Annual administration report of the Civil Veterinary Department of India - 1899-1900
Year: 1899
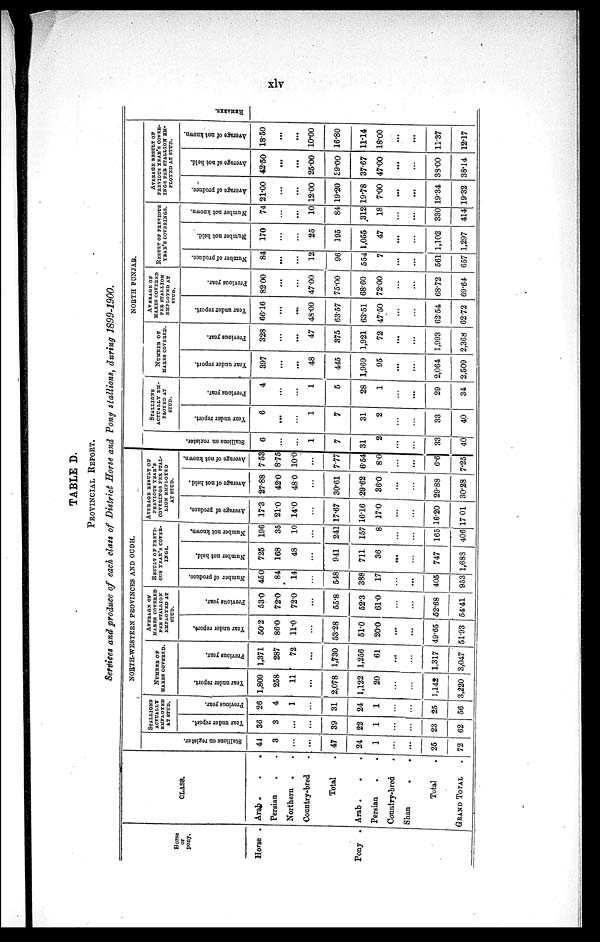
xlv
TABLE D.
PROVINCIAL REPORT.
Services and produce of each class of District Horse and Pony stallions, during 1899-1900.
Horse
or
pony.
Horse .
Pony .
CLASS.
Arab . . .
Persian . .
Northern . .
Country-bred .
Total .
Arab . . .
Persian . .
Country-bred .
Shan
.
.
Total .
GRAND TOTAL .
NORTH-WESTERN PROVINCES AND OUDH.
St al l
i
ons on register.
44
3
...
...
47
24
1
...
...
25
72
STALLIONS
ACTUALLY
EMPLOYED
AT STUD.
Year under report.
36
3
...
...
39
22
1
...
...
23
62
Previous year.
26
4
1
...
31
24
1
...
...
25
56
NUMBER OF
MARES COVERED.
Year under report.
1,809
258
11
...
2,078
1,122
20
...
...
1,142
3,220
Previous year.
1,371
287
72
...
1,730
1,256
61
...
...
1,317
3,047
AVERAGE OF
MARES COVERED
PER STALLION
EMPLOYED AT
STUD.
Year under report.
50.2
86.0
11.0
...
53.28
51.0
20.0
...
...
49.65
51.93
Previous year.
53.0
72.0
72.0
...
55.8
52.3
61.0
...
...
52.68
54.41
RESULT OF PREVI-
--- YEAR'S COVER-
----.
Number of produce.
450
84
14
...
548
388
17
...
...
405
953
Number not held.
725
168
48
...
941
711
36
......
...
747
1,688
Number not known,
196
35
10
...
241
157
8
...
...
165
406
AVERAGE RESULT OF
PREVIOUS YEAR'S
COVERINGS PER STAL-
---- EMPLOYED
AT STUD.
Average of produce.
17.3
21.0
14.0
...
17.67
16.16
17.0
...
...
16.20
17 .01
Average of not held.
27.88
42.0
480
...
30.61
29.62
36.0
...
...
29.88
30.28
Average of not known.
7.53
8.75
10.0
...
7.77
6.54
8.0
...
...
6.6
7.25
NORTH PUNJAB.
St al l
i
ons on register.
6
...
...
1
7
31
2
...
...
33
40
STALLIONS
ACTUALLY EM-
------ AT
STUD.
Year under report.
6
...
...
1
7
31
2
...
...
33
40
Previous year.
4
...
...
1
5
28
1
...
...
29
34
NUMBER OF
MARES COVERED.
Year under report.
397
...
...
48
445
1,969
95
...
...
2,064
2,509
Previous year.
328
...
...
47
375
1,921
72
...
...
1,993
2,368
AVERAGE OF
MARES COVERED
PER STALLION
EMPLOYED AT
STUD.
Year under report.
66.16
...
......
48.00
63.57
63.51
47.50
...
...
62.54
62.72
Previous year.
82.00
...
...
47.00
75.00
68.60
72.00
...
...
68.72
69.64
RESULT OF PREVIOUS
YEAR'S COVERINGS.
Number of produce.
84
...
...
12
96
554
7
...
...
561
657
Number not held.
170
...
...
25
195
1,055
47
...
...
1,102
1,297
Number not known.
74
...
...
10
84
.312
18
...
...
330
414
AVERAGE RESULT OF
PREVIOUS YEAR'S COVER-
---- PER STALLION EM-
------ AT STUD.
Average of produce.
21.00
...
...
12.00
19.20
19.78
7.00
...
...
19.34
19.32
Average of not held.
42.50
...
...
25.00
69.00
37.67
47.00
...
...
38.00
38.14
Average of not known.
18.50
...
...
10.00
16.80
11.14
18.00
...
...
11.37
12.17
RE MARKS .